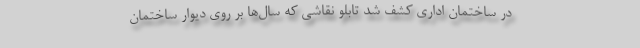
در ساختمان اداری کشف شد تابلو نقاشی که سال‌ها بر روی دیوار ساختمان